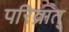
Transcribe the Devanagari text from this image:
परिव्रात्